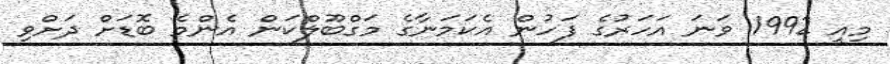
މިއީ 1992 ވަނަ އަހަރުގެ ފަހުން އެކަމަނާގެ މަގްބޫލްކަން އެންމެ ބޮޑަށް ދަށްވި